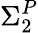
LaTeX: \Sigma_{2}^{P}